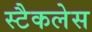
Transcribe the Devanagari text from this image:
स्टैकलेस